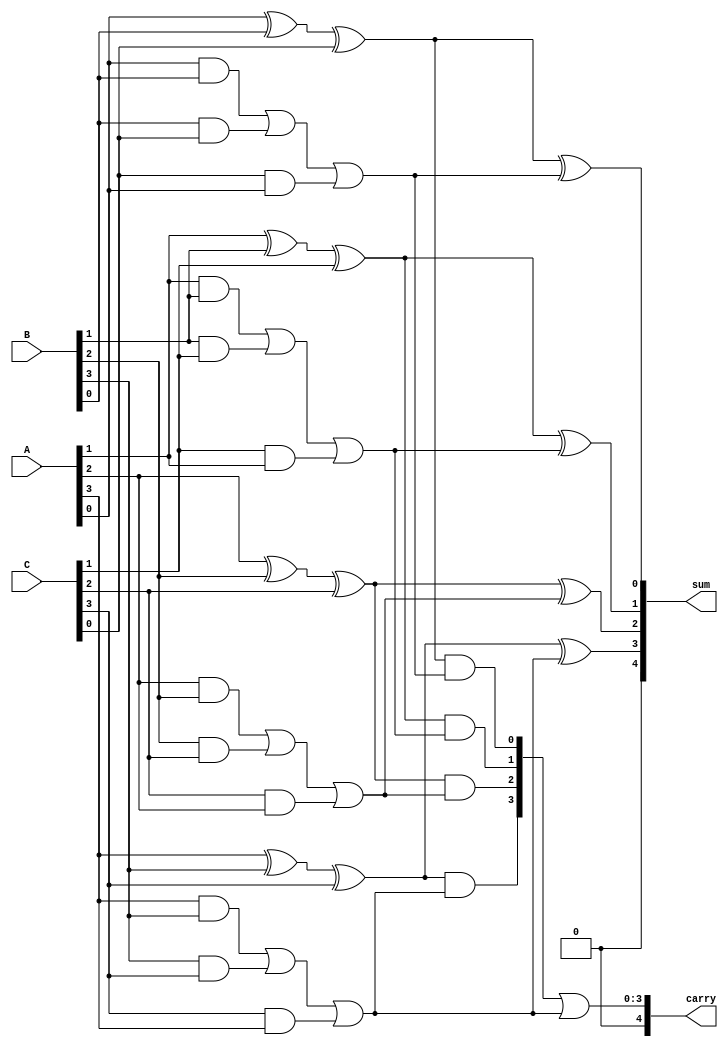
module CarrySaveAdder #(parameter N = 4) (
    input  [N-1:0] A, // First input
    input  [N-1:0] B, // Second input
    input  [N-1:0] C, // Third input
    output [N:0] sum,  // Final sum output (N+1 bits to accommodate carry)
    output [N:0] carry // Final carry output (N+1 bits)
);

    // Intermediate sums and carries
    wire [N-1:0] S1, S2; // Intermediate sums
    wire [N-1:0] C1, C2; // Intermediate carries

    // Generate full adders for the first stage
    genvar i;
    generate
        for (i = 0; i < N; i = i + 1) begin : full_adder_stage
            // Full adder for A[i], B[i], and C[i]
            assign S1[i] = A[i] ^ B[i] ^ C[i]; // Sum output
            assign C1[i] = (A[i] & B[i]) | (B[i] & C[i]) | (C[i] & A[i]); // Carry output
        end
    endgenerate

    // Second stage to combine intermediate sums and carries
    generate
        for (i = 0; i < N; i = i + 1) begin : carry_save_stage
            // Full adder for intermediate sums and carries
            assign S2[i] = S1[i] ^ C1[i]; // New sum
            assign C2[i] = S1[i] & C1[i]; // New carry
        end
    endgenerate

    // Final carry propagation
    assign sum = S2; // Final sum output
    assign carry = C2 | {1'b0, C1[N-1]}; // Final carry output, including the last carry bit

endmodule